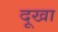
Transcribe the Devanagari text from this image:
दूखा